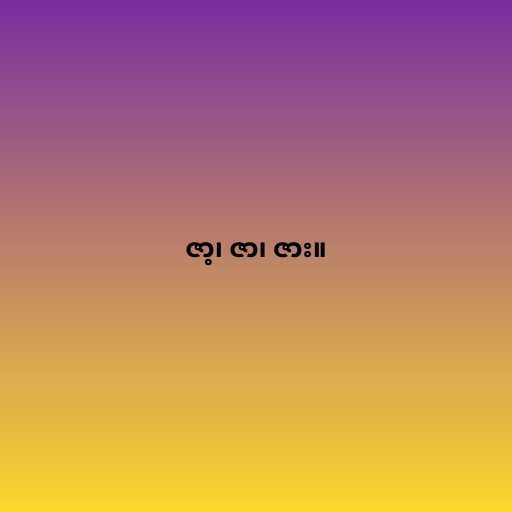
ဇာ့၊ ဇာ၊ ဇား။